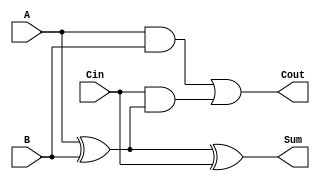
module full_adder (
    input  wire A,    // First input bit
    input  wire B,    // Second input bit
    input  wire Cin,  // Carry-in bit
    output wire Sum,  // Resulting sum bit
    output wire Cout  // Carry-out bit
);

// Behavioral modeling using continuous assignments
assign Sum = A ^ B ^ Cin;  // Sum is the XOR of A, B, and Cin
assign Cout = (A & B) | (Cin & (A ^ B));  // Cout is generated based on the conditions

endmodule